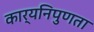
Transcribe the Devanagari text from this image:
कार्यनिपुणता